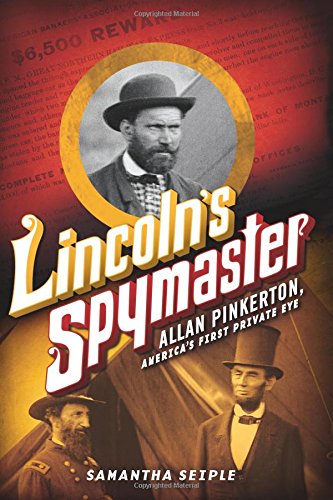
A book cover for Lincoln's Spymaster: Allan Pinkerton, America's First Private Eye; Samantha Seiple; Children's Books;